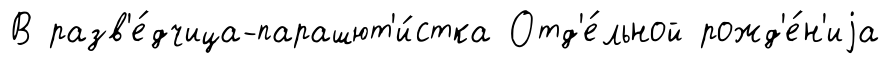
В разв'е́дчица-парашют'и́стка Отд'е́льной рожд'е́н'иjа